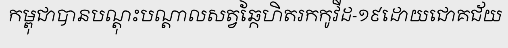
កម្ពុជាបានបណ្តុះបណ្តាលសត្វឆ្កែហិតរកកូវីដ-១៩ដោយជោគជ័យ